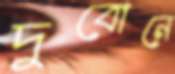
দুবোনে